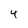
Character: 4